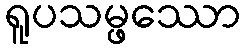
ရူပသမ္ဖဿော